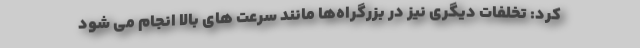
کرد: تخلفات دیگری نیز در بزرگراه‌ها مانند سرعت های بالا انجام می شود